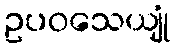
ဥပဝသေယျုံ